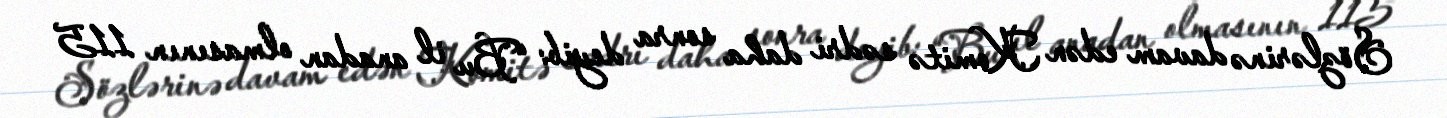
Sözlərinə davam edən Komitə sədri daha sonra deyib: “Bu il anadan olmasının 115